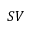
S V